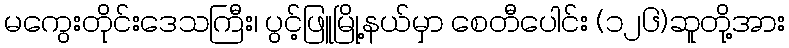
မကွေးတိုင်းဒေသကြီး၊ ပွင့်ဖြူမြို့နယ်မှာ စေတီပေါင်း (၁၂၆)ဆူတို့အား